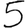
Digit: 5